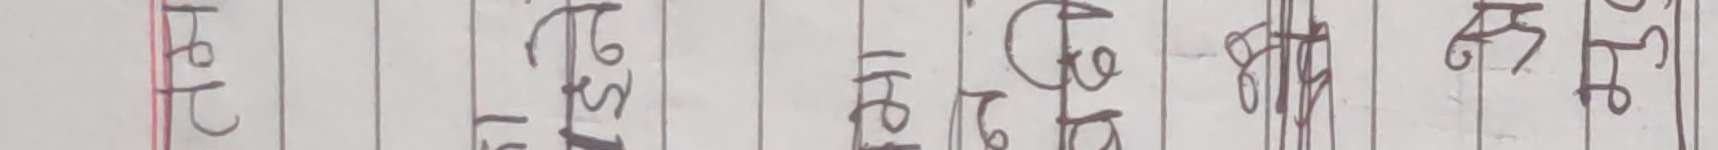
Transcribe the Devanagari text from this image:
टोट